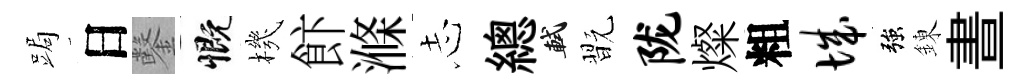
跼日鑿慨機飰滌𢖽總軾翫陇燦粗城強錬晝